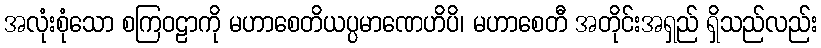
အလုံးစုံသော စကြဝဠာကို မဟာစေတိယပ္ပမာဏေဟိပိ၊ မဟာစေတီ အတိုင်းအရှည် ရှိသည်လည်း